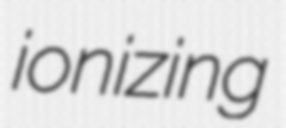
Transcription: ionizing